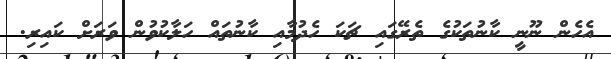
އެހެން ނޫނީ ކާނުތަކުގެ ތެރޭގައި ޗަކަ ހެދުމާއި ކާނުތައް ހަލާކުވުން ވަރަށް ކައިރި.